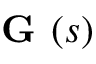
{ \textbf { G } } ( s )